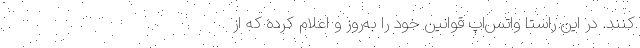
کنند. در این راستا واتس‌اپ قوانین خود را به‌روز و اعلام کرده که از